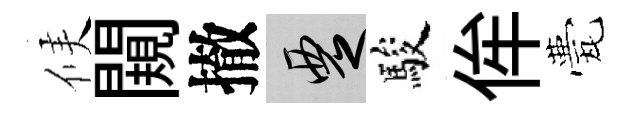
候闚撤覂駿侔甍